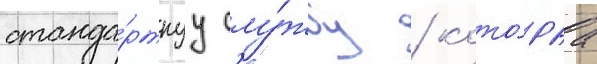
станда́ртнуу слу́жбу / кото́раа